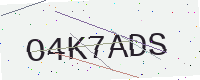
Text: O4K7ADS